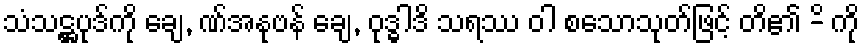
သံသဋ္ဌပုဒ်ကို ချေ, ဏ်အနုဗန် ချေ, ဝုဒ္ဓါဒိ သရဿ ဝါ စသောသုတ်ဖြင့် တိ၏ -ိ ကို